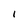
Character: i